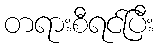
တရားစီရင်ပြီး